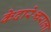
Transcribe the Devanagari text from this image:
केदारेश्वराला